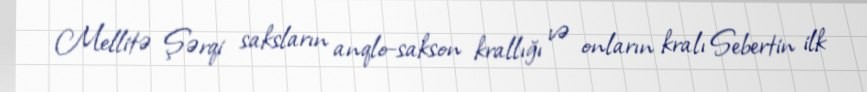
Mellitə Şərqi saksların anqlo-sakson krallığı və onların kralı Sebertin ilk